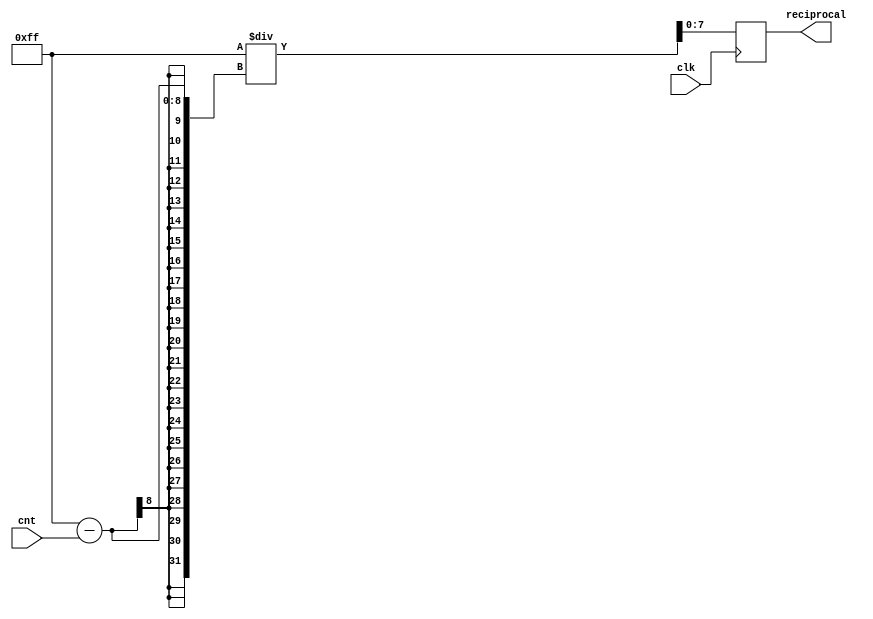
module Reciprocal(input clk, input [7:0] cnt, output reg [7:0] reciprocal);
	always @(posedge clk) begin 	
		reciprocal <= 255 / (255 - cnt);
	end
endmodule